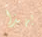
بهذا